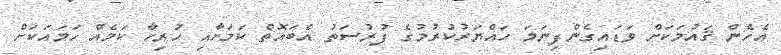
އެހެން ޤައުމަކަށް ވަޑައިގެންފިނަމަ ހައްޔަރުކުރުމުގެ ފުރުސަތު އެބައޮތް ކަމަށާއި ހުރިހާ ކަމެއް ހަމައަކަށް